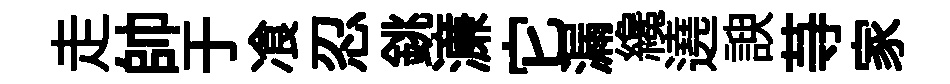
走帥于飡忍銚濓它漏纔遶諛䒭家